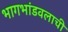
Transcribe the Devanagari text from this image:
भागभांडवलाची